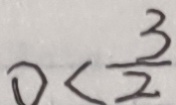
0 < \frac { 3 } { 2 }